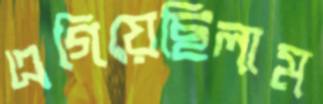
এগিয়েছিলাম